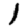
Digit: 1